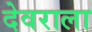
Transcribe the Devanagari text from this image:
देवराला